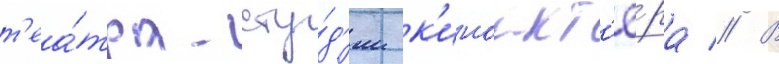
т'еа́тра-сту́д'ии к'иноакт'ё́ра // В